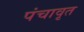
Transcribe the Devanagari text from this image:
पंचावृत